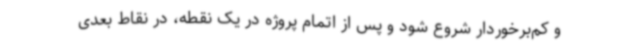
و کم‌برخوردار شروع شود و پس از اتمام پروژه در یک نقطه، در نقاط بعدی